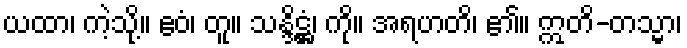
ယထာ၊ ကဲ့သို့။ ဧဝံ၊ တူ။ သန္ဒိဋ္ဌံ၊ ကို။ အရဟတိ၊ ၏။ ဣတိ-တသ္မာ၊